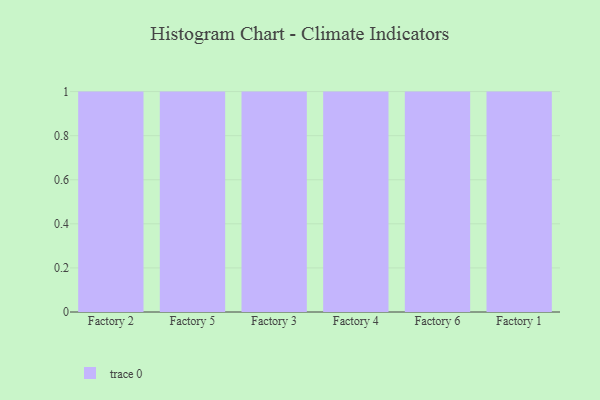
{"axis": {"x": "Factory", "y": "Demand Index"}, "legend": [""], "data": [{"x": "Factory 2", "y": 38, "type": ""}, {"x": "Factory 5", "y": 90, "type": ""}, {"x": "Factory 3", "y": 55, "type": ""}, {"x": "Factory 4", "y": 12, "type": ""}, {"x": "Factory 6", "y": 14, "type": ""}, {"x": "Factory 1", "y": 4, "type": ""}]}